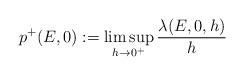
LaTeX: \begin{align*}p^{+}(E,0):=\limsup_{h\to 0^{+}}\frac{\lambda(E,0,h)}{h}\end{align*}